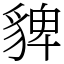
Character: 貏